Scientific memoirs by medical officers of the Army of India - Part VI,
Year: 1891
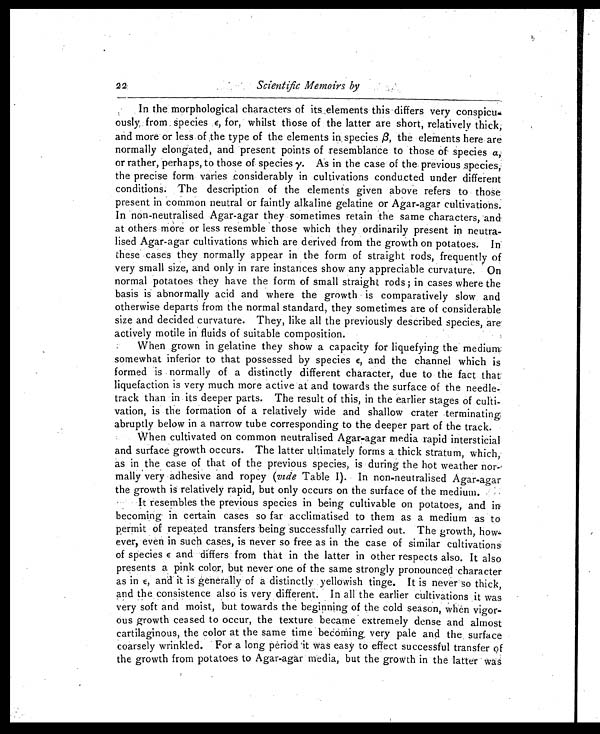
Scientific Memoirs by
In the morphological characters of its elements this differs very conspicu-
ously from, species Є, for, whilst those of the latter are short, relatively thick,
and more or less of the type of the elements in, species ß, the elements here are
normally elongated, and present points of resemblance to those of species a,
or rather, perhaps, to those of species ÿ . As in the case of the previous species,
the precise form varies considerably in cultivations conducted under different
conditions. The description of the elements given above refers to those
present in common neutral or faintly alkaline gelatine or Agar-agar cultivations.
In non-neutralised Agar-agar they sometimes retain the same characters, and
at others more or less resemble those which they ordinarily present in neutra-
- l i s e d A g a r - a g a r c u l t i v a t i o n s w h i c h a r e d e r i v e d f r o m t h e g r o w t h o n p o t a t o e s . I n
these cases they normally appear in the form of straight rods, frequently of
very small size, and only in rare instances show any appreciable curvature. On
normal potatoes they have the form of small straight rods ; in cases where the
basis is abnormally acid and where the growth is comparatively slow and
otherwise departs from the normal standard, they sometimes are of considerable
size and decided curvature. They, like all the previously described species, are.
actively motile in fluids of suitable composition.
W hen grown in gelatine they snow a capacity for liquefying the medium;
somewhat inferior to that possessed by species E, and the channel which is
formed is normally of a distinctly different character, due to the fact that
liquefaction is very much more active at and towards the surface of the needle-
track than in its deeper parts. The result of this, in the earlier stages of culti-
- v a t i o n , i s t h e f o r m a t i o n o f a r e l a t i v e l y w i d e a n d s h a l l o w c r a t e r t e r m i n a t i n g
abruptly below in a narrow tube corresponding to the deeper part of the track.
When cultivated on common neutralised Agar-agar media rapid intersticial
and surface growth occurs. The latter ultimately forms a thick stratum, which,
as in the case of that of the previous species, is during the hot weather nor-
mally very adhesive and ropey (vide Table I). In non-neutralised Agar-agar
the growth is relatively rapid, but only occurs on the surface of the medium.
It resembles the previous species in being cultivable on potatoes, and in
becoming in certain cases so far acclimatised to them as a medium as to
permit of repeated transfers being successfully carried out. The growth, how-
ever, even in such cases, is never so free as in the case of similar cultivations
of species E,a n d d i f f e r s f r o m t h a t i n t h e l a t t e r i n o t h e r r e s p e c t s a l s o . I t a l s o
presents a pink color, but never one of the same strongly pronounced character
as in and it is generally of a distinctly yellowish tinge. It is never so thick,
and the consistence also is very different. In all the earlier cultivations it was
very soft and moist, but towards the beginning of the cold season, when vigor
- o u s g r o w t h c e a s e d t o o c c u r , t h e t e x t u r e b e c a m e e x t r e m e l y d e n s e a n d a l m o s t
cartilaginous, the color at the same time becoming, very pale and the, surface
coarsely wrinkled. For a long period it was easy to effect successful transfer of
the growth from potatoes to Agar-agar media, but the growth in the latter was
22